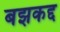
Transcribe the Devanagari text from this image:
बझकद्द